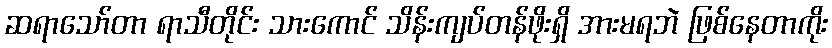
ဆရာသော်တာ ရာသီတိုင်း သားကောင် သိန်းကျပ်တန်ဖိုးရှိ အားမရဘဲ ဖြစ်နေတာကိုး